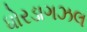
ધોરડાગઝલ